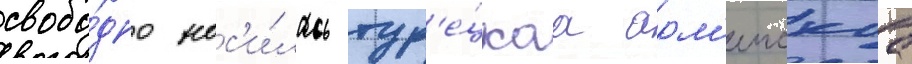
свобо́дно нос'и́лась тур'е́цкаа арм'еискаа